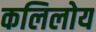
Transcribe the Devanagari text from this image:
कलिलोय